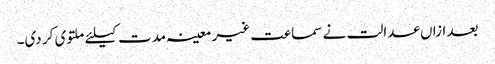
بعد ازاں عدالت نے سماعت غیر معینہ مدت کیلئے ملتوی کر دی۔